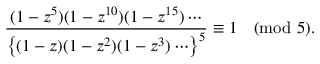
{ \frac { ( 1 - z ^ { 5 } ) ( 1 - z ^ { 1 0 } ) ( 1 - z ^ { 1 5 } ) \cdots } { \left\{ ( 1 - z ) ( 1 - z ^ { 2 } ) ( 1 - z ^ { 3 } ) \cdots \right\} ^ { 5 } } } \equiv 1 { \pmod { 5 } } .